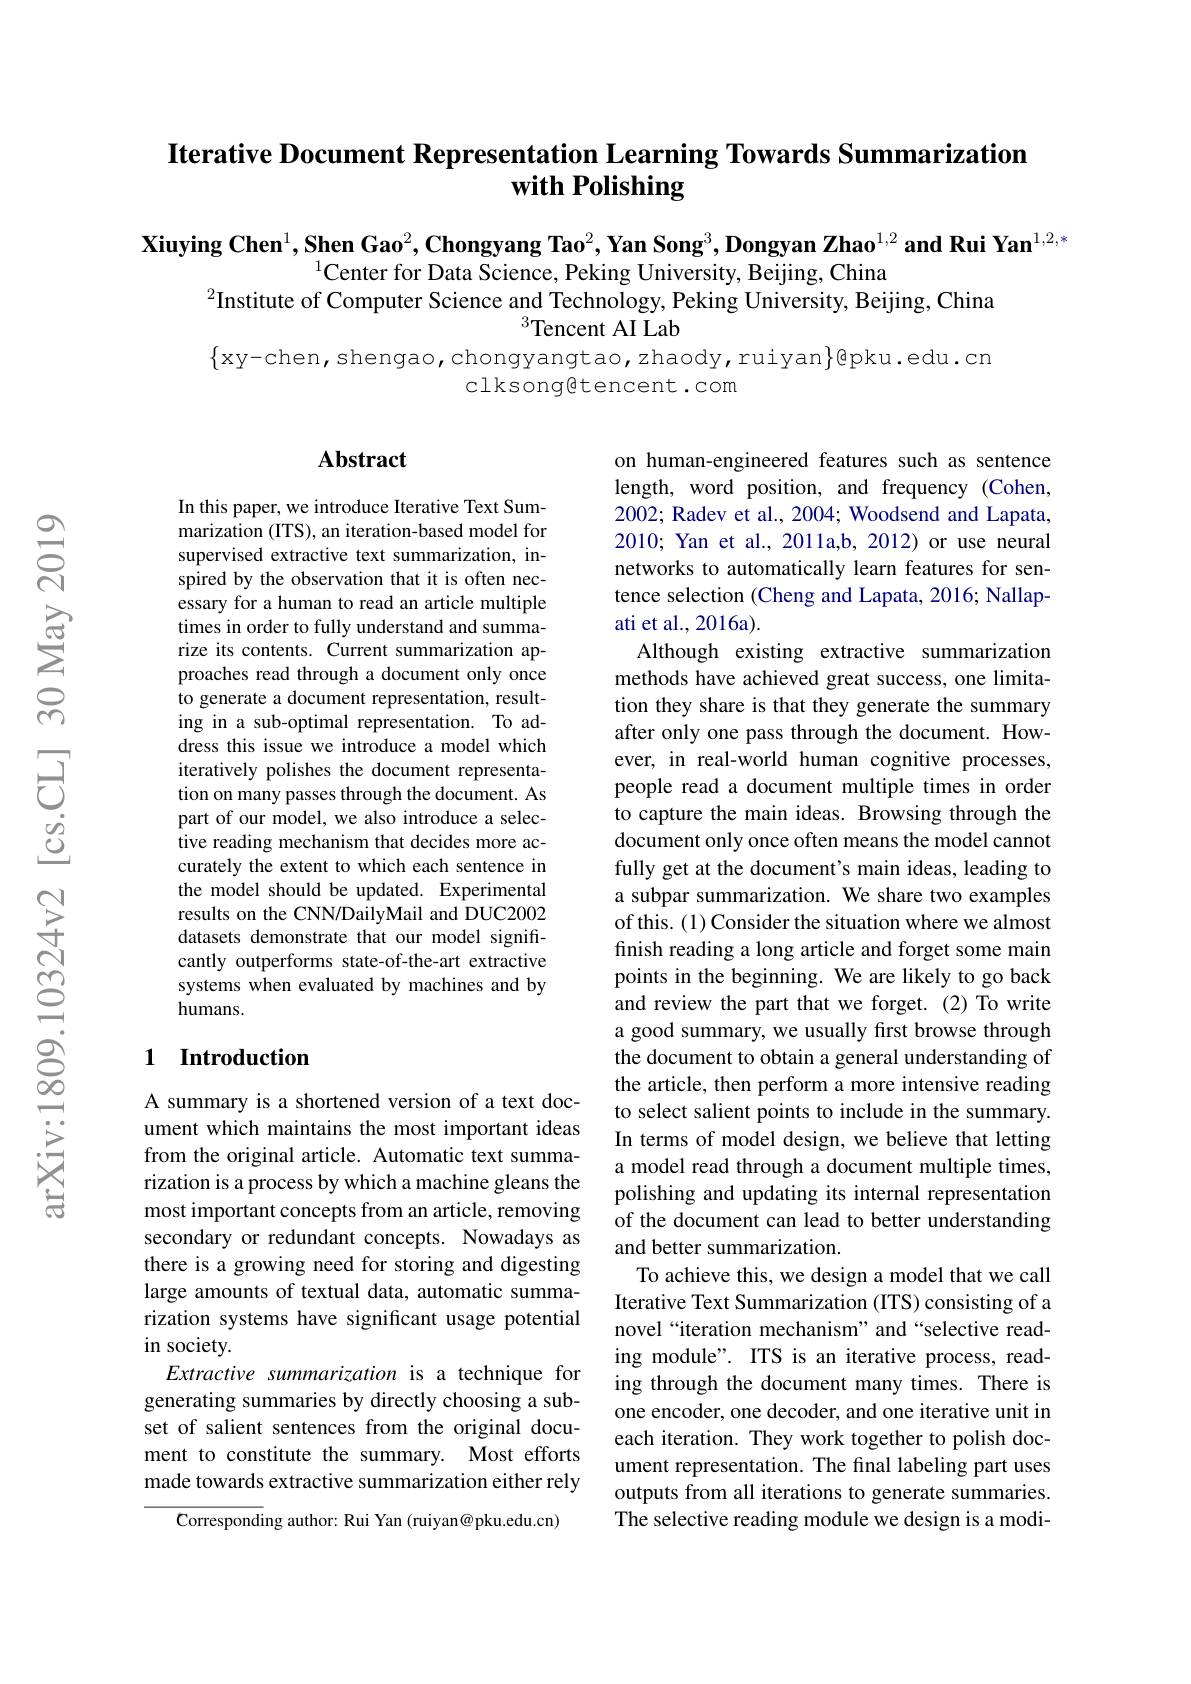
## Iterative Document Representation Learning Towards Summarization with Polishing

$\textbf{Xiuying Chen}^1,\textbf{Shen Gao}^2,\textbf{Chongyang Tao}^2,\textbf{Yan Song}^3,\textbf{Dongyan Zhao}^{1,2}\textbf{and Rui Yan}^{1,2,*}$
$^{1}$Center for Data Science, Peking University, Beijing, China
$^{2}$Institute of Computer Science and Technology, Peking University, Beijing, China
$^{3}$Tencent AI Lab
$\{$xy-chen,shengao,chongyangtao,zhaody,ruiyan$\}$@pku.edu.cn

clksongtencent.com

### $\mathbf{Abstract}$

In this paper, we introduce Iterative Text Summarization (ITS), an iteration-based model for supervised extractive text summarization, inspired by the observation that it is often necessary for a human to read an article multiple times in order to fully understand and summarize its contents. Current summarization approaches read through a document only once to generate a document representation, resulting in a sub-optimal representation. To address this issue we introduce a model which iteratively polishes the document representation on many passes through the document. As part of our model, we also introduce a selective reading mechanism that decides more accurately the extent to which each sentence in the model should be updated. Experimental results on the CNN/DailyMail and DUC2002 datasets demonstrate that our model significantly outperforms state-of-the-art extractive systems when evaluated by machines and by humans.

on human-engineered features such as sentence length, word position, and frequency (Cohen, 2002; Radev et al., 2004; Woodsend and Lapata, 2010; Yan et al., 2011a,b, 2012) or use neural networks to automatically learn features for sentence selection (Cheng and Lapata, 2016; Nallapati et al., 2016a).
Although existing extractive summarization methods have achieved great success, one limitation they share is that they generate the summary after only one pass through the document. However, in real-world human cognitive processes, people read a document multiple times in order to capture the main ideas. Browsing through the document only once often means the model cannot fully get at the document's main ideas, leading to a subpar summarization. We share two examples of this. (1) Consider the situation where we almost finish reading a long article and forget some main points in the beginning. We are likely to go back and review the part that we forget.(2) To write a good summary, we usually first browse through the document to obtain a general understanding of the article, then perform a more intensive reading to select salient points to include in the summary. In terms of model design, we believe that letting a model read through a document multiple times, polishing and updating its internal representation of the document can lead to better understanding and better summarization.
To achieve this, we design a model that we call Iterative Text Summarization (ITS) consisting of a novel“iteration mechanism”and“selective reading module". ITS is an iterative process, reading through the document many times. There is one encoder, one decoder, and one iterative unit in each iteration. They work together to polish document representation. The final labeling part uses outputs from all iterations to generate summaries. The selective reading module we design is a modi-

### 1 Introduction

A summary is a shortened version of a text document which maintains the most important ideas from the original article. Automatic text summarization is a process by which a machine gleans the most important concepts from an article, removing secondary or redundant concepts. Nowadays as there is a growing need for storing and digesting large amounts of textual data, automatic summarization systems have significant usage potential in society.
Extractive summarization is a technique for generating summaries by directly choosing a subset of salient sentences from the original document to constitute the summary. Most efforts made towards extractive summarization either rely

$\mathsf{Corresponding~author:~Rui~Yan~(ruiyan@pku.edu.cn)}$